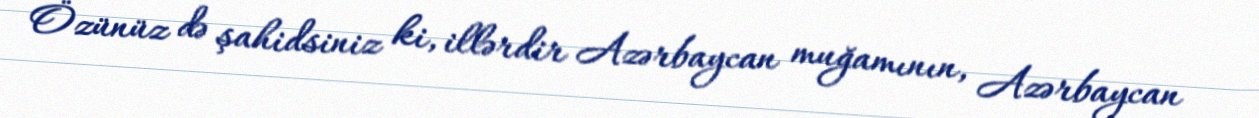
Özünüz də şahidsiniz ki, illərdir Azərbaycan muğamının, Azərbaycan